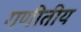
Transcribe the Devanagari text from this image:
गणीतीय